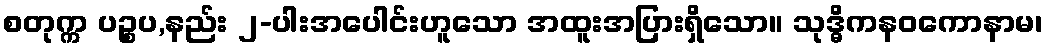
စတုက္က ပဉ္စပ,နည်း ၂-ပါးအပေါင်းဟူသော အထူးအပြားရှိသော။ သုဒ္ဓိကနဝကောနာမ၊